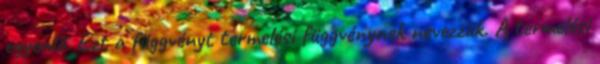
egyenlő. Ezt a függvényt termelési függvénynek nevezzük. A termelési